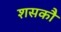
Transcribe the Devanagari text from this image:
शसकौ